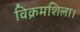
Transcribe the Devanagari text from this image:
विक्रमशिला।